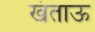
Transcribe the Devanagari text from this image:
खंताऊ